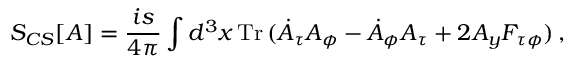
S _ { C S } [ A ] = \frac { i s } { 4 \pi } \int d ^ { 3 } x \, { \mathrm { T r } } \, ( \dot { A } _ { \tau } A _ { \phi } - \dot { A } _ { \phi } A _ { \tau } + 2 A _ { y } F _ { \tau \phi } ) \, ,